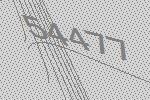
54477